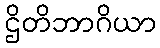
ဌိတိဘာဂိယာ